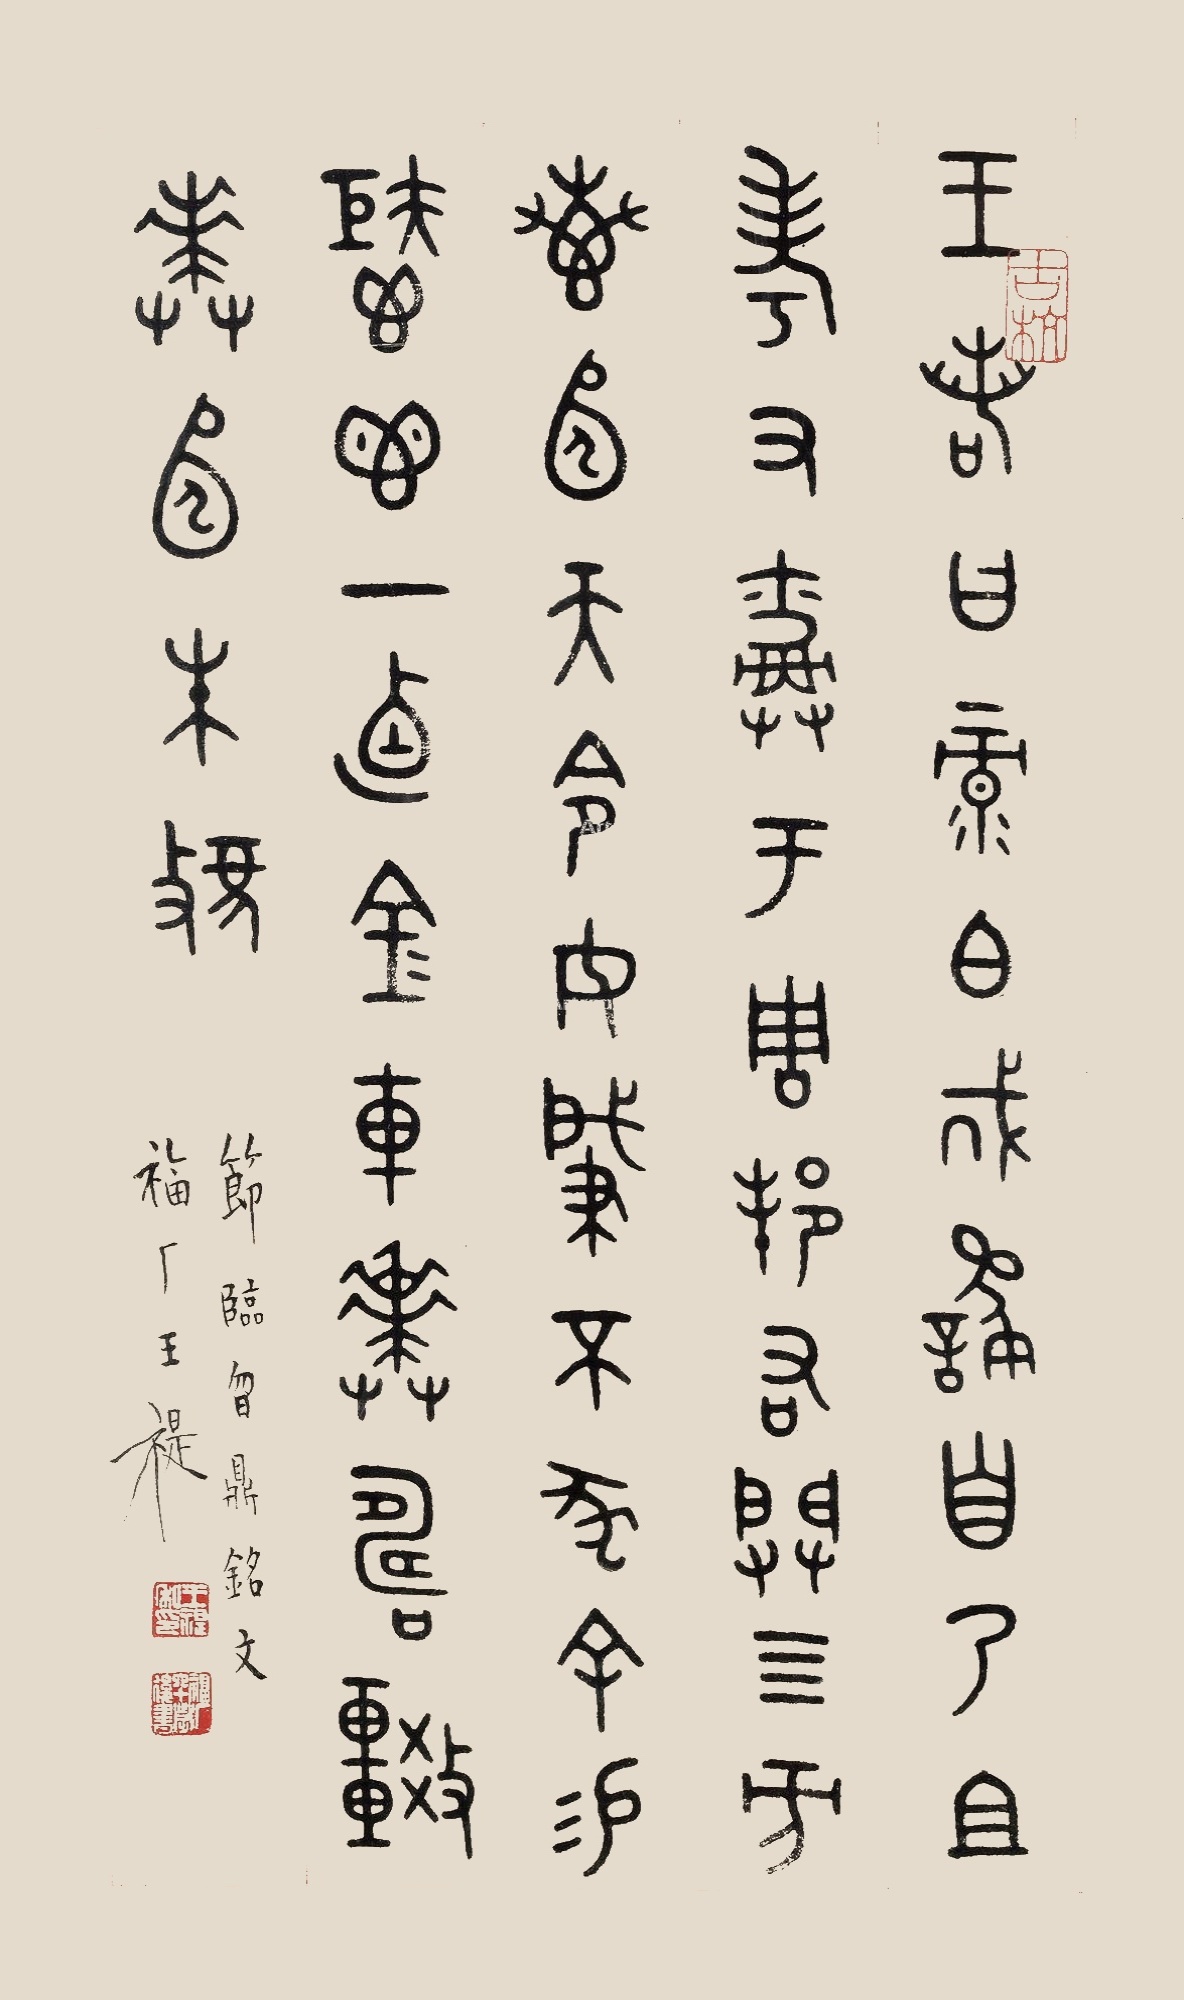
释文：王若曰：录伯，戡繇，自乃祖考又爵于周邦，佑辟四方。惠弘天命，汝肇不坠，余赐柜鬯一卣，金车卖俦，战买弘朱虢。节临㫚鼎铭文，福厂王褆。